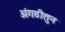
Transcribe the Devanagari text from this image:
अंगठीतुन